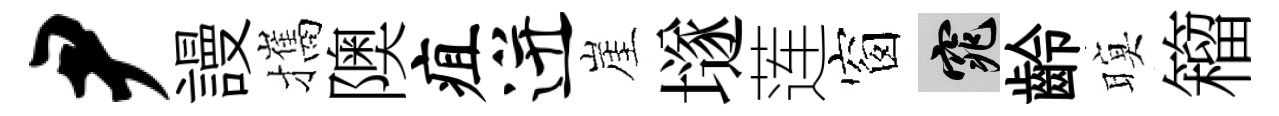
尹謾攜隩疽迸崖𡑞莲窗窕齡暝籕